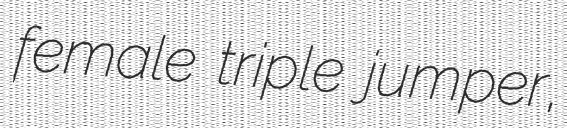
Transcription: female triple jumper,